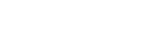
အလုံအလောက်